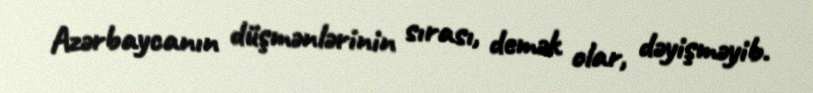
Azərbaycanın düşmənlərinin sırası, demək olar, dəyişməyib.